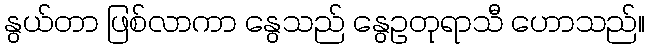
နွယ်တာ ဖြစ်လာကာ နွေသည် နွေဥတုရာသီ ဟောသည်။